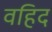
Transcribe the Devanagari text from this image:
वहिद